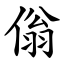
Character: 傟